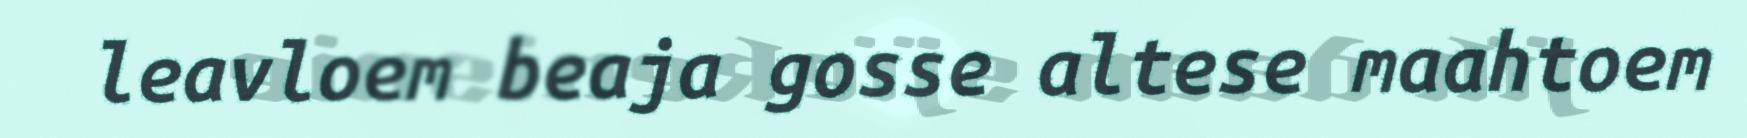
leavloem beaja gosse altese maahtoem